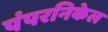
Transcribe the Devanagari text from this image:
पंपरनिकेल